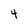
Character: 4